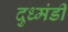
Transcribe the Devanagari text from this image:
दुध्मंडी